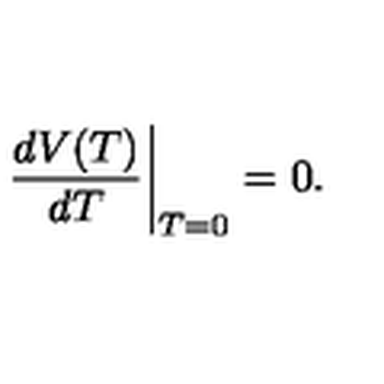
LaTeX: \left. \frac { d V ( T ) } { d T } \right| _ { T = 0 } = 0 .